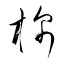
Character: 棉